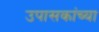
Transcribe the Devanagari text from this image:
उपासकांच्या